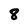
Character: 8